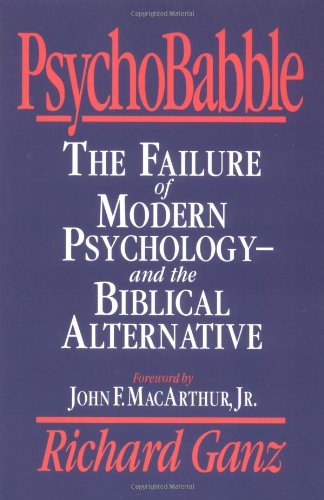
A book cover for PsychoBabble: The Failure of Modern Psychology--and the Biblical Alternative; Richard Ganz; Religion & Spirituality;